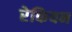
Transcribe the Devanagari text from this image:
रेकियन